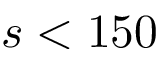
s < 1 5 0